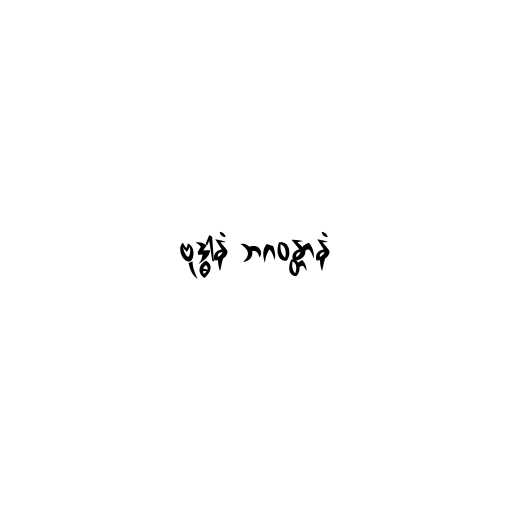
ဗုဒ္ဓါနံ ဘဂဝန္တာနံ